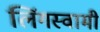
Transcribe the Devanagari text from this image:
लिंगस्वामी